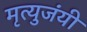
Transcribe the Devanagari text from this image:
मृत्युजंयी